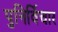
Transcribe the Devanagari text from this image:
पुनिर्विचार